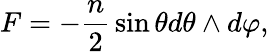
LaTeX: F=-{\frac{n}{2}}\sin\theta d\theta\wedge d\varphi,